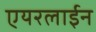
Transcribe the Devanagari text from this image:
एयरलाईन